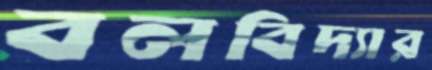
বলবিদ্যার